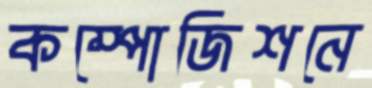
কম্পোজিশনে